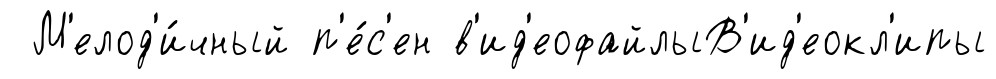
М'елод'и́чный п'е́с'ен в'ид'еофайлыВ'ид'еокл'ипы